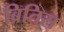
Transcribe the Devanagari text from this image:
ब्रितिस